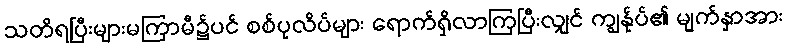
သတိရပြီးများမကြာမီ၌ပင် စစ်ပုလိပ်များ ရောက်ရှိလာကြပြီးလျှင် ကျွန်ုပ်၏ မျက်နှာအား